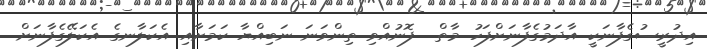
އިދުރީސުގެފާނަކީ އާދަމުގެފާނަށްފަހު މާތް  ފޮނުއްވި ތިންވަނަ ނަބިއްޔާ ކަމަށާއި އެކަލާނގެ އެކަލޭގެފާނަށް